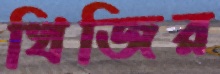
খিজির